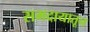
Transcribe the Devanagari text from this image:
समदायातून